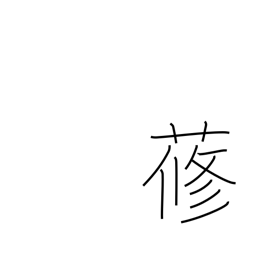
Meaning: (used only in compounds)